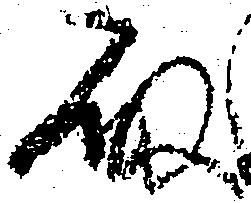
殿